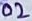
Text: 02